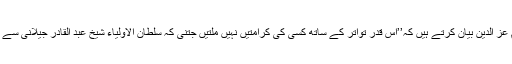
شیخ الاسلام عز الدین بیان کرتے ہیں کہ’’اس قدر تواتر کے ساتھ کسی کی کرامتیں نہیں ملتیں جتنی کہ سلطان الاولیاء شیخ عبد القادر جیلانیؒ سے ظاہر ہوئیں۔